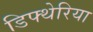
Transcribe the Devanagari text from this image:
डिफ्थेरिया